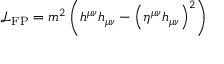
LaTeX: { \mathcal { L } } _ { \mathrm { F P } } = m ^ { 2 } \left( h ^ { \mu \nu } h _ { \mu \nu } - \left( \eta ^ { \mu \nu } h _ { \mu \nu } \right) ^ { 2 } \right)